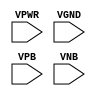
module sky130_fd_sc_ms__tapvgnd2 (
    VPWR,
    VGND,
    VPB ,
    VNB
);

    // Module ports
    input VPWR;
    input VGND;
    input VPB ;
    input VNB ;
     // No contents.
endmodule